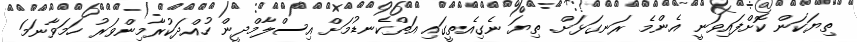
ތިޔަކަން ކޮށްފައިވަނީ އެންމެ ރަނގަޅަށް. ތިޔަ ނެގިއެތީގައި އަތްކެނޑުމަށް އިސްލާމްދީން ހުއްދަކުރާމިންވަރު ހަމަވާނަމަ